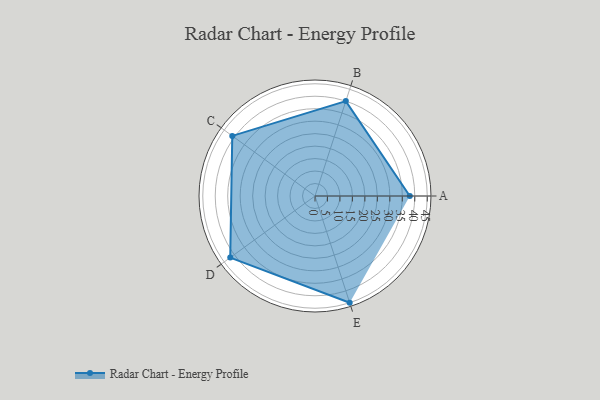
{"axis": {"x": "Skill", "y": "Score"}, "legend": ["Profile"], "data": [{"x": "A", "y": 38.0, "type": "Profile"}, {"x": "B", "y": 40.0, "type": "Profile"}, {"x": "C", "y": 41.0, "type": "Profile"}, {"x": "D", "y": 42.0, "type": "Profile"}, {"x": "E", "y": 45.0, "type": "Profile"}]}